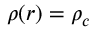
\rho ( r ) = \rho _ { c }